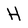
Character: H